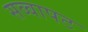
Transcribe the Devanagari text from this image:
सव्वापट